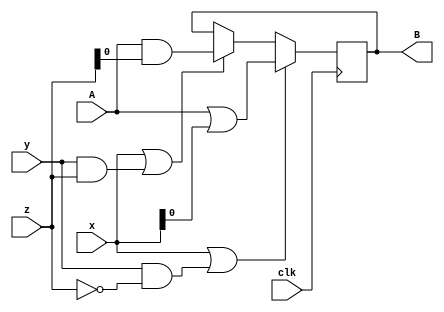
module top
(
 input [1:0] x,
 input [1:0] y,
 input [1:0] z,
 input clk,

 input A,
 output reg B
 );

 initial begin
    B = 0;
 end

always @(posedge clk) begin
    if (x || y && z)
        B <=  A & z;
    if (x || y && !z)
        B <=  A | x;
end

endmodule